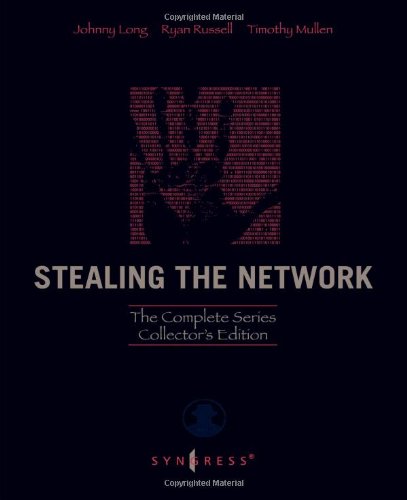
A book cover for Stealing the Network: The Complete Series Collector's Edition, Final Chapter, and DVD; Johnny Long; Computers & Technology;